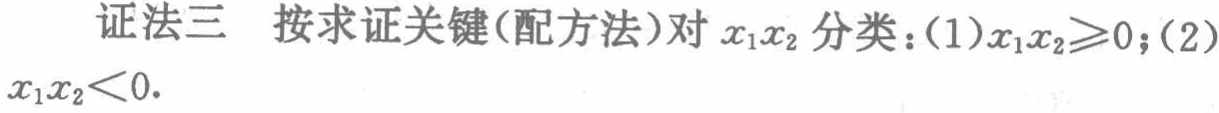
证法三 按求证关键(配方法)对 \(x_1x_2\) 分类：(1)\(x_1x_2\geqslant0\)；(2)\(x_1x_2<0\).